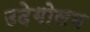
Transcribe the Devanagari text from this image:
उदेगोलम